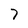
Character: 7